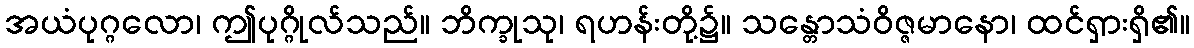
အယံပုဂ္ဂလော၊ ဤပုဂ္ဂိုလ်သည်။ ဘိက္ခုသု၊ ရဟန်းတို့၌။ သန္တောသံဝိဇ္ဇမာနော၊ ထင်ရှားရှိ၏။